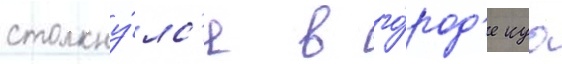
столкну́лс'я в го́род'е куо